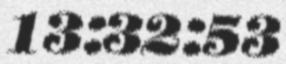
13:32:53